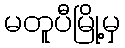
မတူပီမြို့မှ